King Institute of Preventive Medicine Micro-Biological Section reports 1912-19
Year: 1912
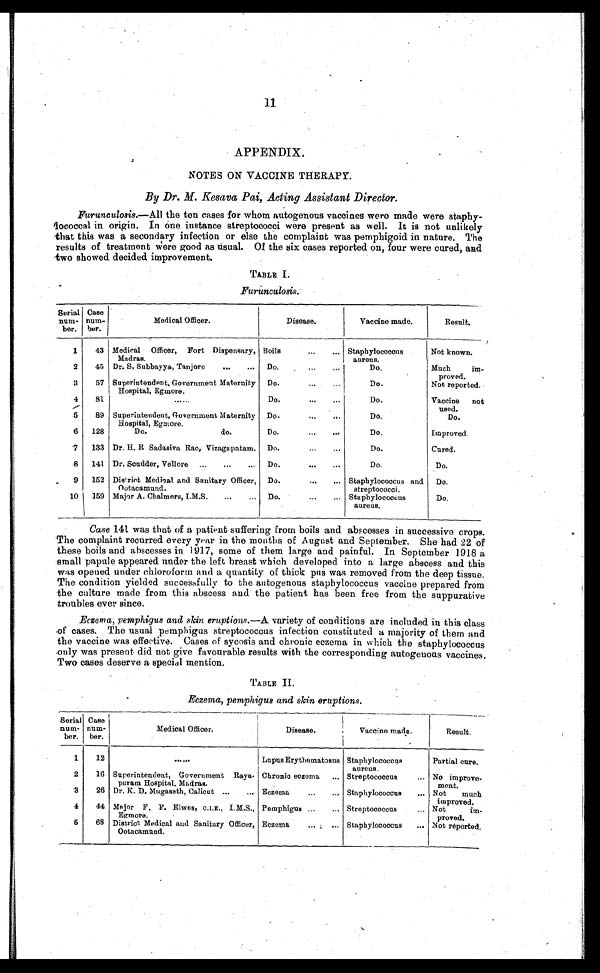
11
APPENDIX.
NOTES ON VACCINE THERAPY.
By Dr. M. Kesava Pai, Acting Assistant Director.
Furunculosis.—All the ten cases for whom autogenous vaccines were made were staphy
-lococcal in origin. In one instance streptococci were present as well. It is not unlikely
that this was a secondary infection or else the complaint was pemphigoid in nature. The
results of treatment were good as usual. Of the six cases reported on, four were cured, and
two showed decided improvement.
TABLE I.
Furunculosis.
Serial
num-
ber.
Case
num-ber.
Medical Officer.
Disease.
Vaccine made.
Result.
1
43 Medical Officer, Fort Dispensary,
Madras.
Boils . . . Staphylococcus
aureus.
Not known.
2
45 Dr. S. Subbayya, Tanjore . . .
Do. . . .
Do.
Much im-
proved.
3
57 Superintendent, Government Maternity
Hospital, Egmore.
Do. . . .
Do.
Not reported.
4
81
. . .
Do. . . .
Do.
Vaccine
not
used.
5
89 Superintendent, Government Maternity
Hospital, Egmore.
Do. . . .
Do.
Do.
6
128
Do.
do.
Do. . . .
Do.
Improved.
7
133 Dr. H. R Sadasiva Rao, Vizagapatam. Do. . . .
Do.
Cured.
8
141 Dr. Scudder, Vellore . . . Do. . . .
Do.
Do.
9
152 District Medical and Sanitary Officer,
Ootacamund.
Do. . . .
Staphylococcus and
streptococci.
Do.
10
159 Major A. Chalmers, I.M.S. . . . Do. . . .
Staphylococcus
aureus.
Do.
Case 141 was that of a patient suffering from boils and abscesses in successive crops.
The complaint recurred every year in the months of August and September. She had 22 of
these boils and abscesses in 1917, some of them large and painful. In September 1918 a
small papule appeared under the left breast which developed into a large abscess and this
was opened under chloroform and a quantity of thick pus was removed from the deep tissue.
The condition yielded successfully to the autogenous staphylococcus vaccine prepared from
the culture made from this abscess and the patient has been free from the suppurative
troubles ever since.
Eczema, pemphigus and skin eruptions.— A variety of conditions are included in this class
of cases. The usual pemphigus streptococcus infection constituted a majority of them and
the vaccine was effective. Cases of sycosis and chronic eczema in which the staphylococcus
only was present did not give favourable results with the corresponding autogenous vaccines.
Two cases deserve a special mention.
TABLE II.
Eczema, pemphigus and skin eruptions.
Serial
num-
ber.
Case
num-
ber.
Medical Officer.
Disease.
Vaccine made.
Result.
1
12
. . .
Lupus Erythematosus Staphylococcus
aureus.
Partial cure.
2
16 Superintendent, Government Raya-
puram Hospital, Madras.
Chronic eczema
. . . Streptococcus . . .
No improve
-
ment.
3
26 Dr. K. D. Mugaseth, Calicut . . . Eczema . . . Staphylococcus . . .
Not much
improved.
4
44 Major F. F. Elwes, C.I.E., I.M.S.,
Egmore.
Pemphigus . . . Streptococcus . . .
Not im-
proved.
5
68 District Medical and Sanitary Officer,
Ootacamund.
Eczema . . . Staphylococcus . . .
Not reported.